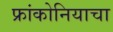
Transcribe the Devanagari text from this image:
फ्रांकोनियाचा